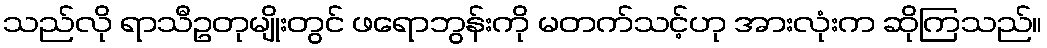
သည်လို ရာသီဥတုမျိုးတွင် ဖရောဘွန်းကို မတက်သင့်ဟု အားလုံးက ဆိုကြသည်။